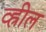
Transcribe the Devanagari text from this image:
व्ह्रील